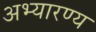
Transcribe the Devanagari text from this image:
अभ्यारण्य